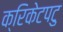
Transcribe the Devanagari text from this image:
क्रिकेटपटु